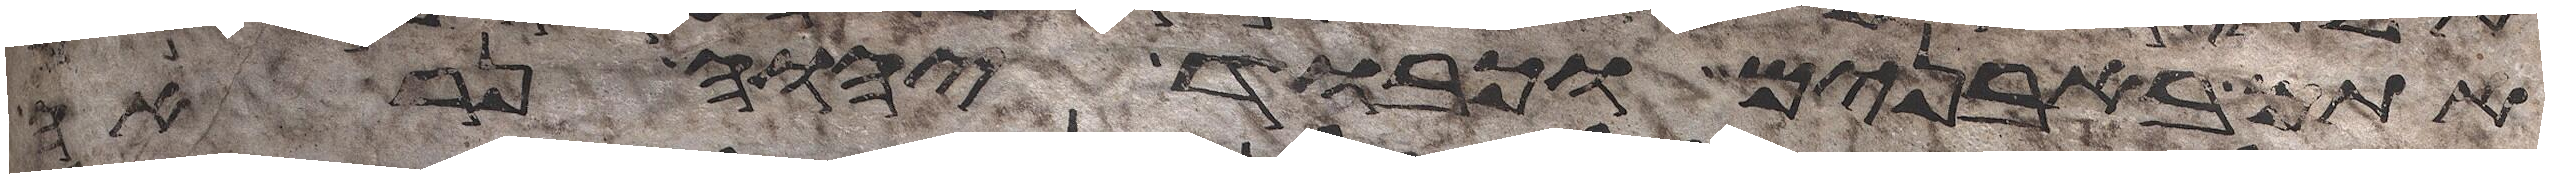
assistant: אתם באבנים וכבוד יהוה נראה